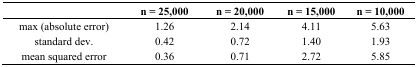
<table><thead><tr><td></td><td><b>n = 25,000</b></td><td><b>n = 20,000</b></td><td><b>n = 15,000</b></td><td><b>n = 10,000</b></td></tr></thead><tbody><tr><td>max (absolute error)</td><td>1.26</td><td>2.14</td><td>4.11</td><td>5.63</td></tr><tr><td>standard dev.</td><td>0.42</td><td>0.72</td><td>1.40</td><td>1.93</td></tr><tr><td>mean squared error</td><td>0.36</td><td>0.71</td><td>2.72</td><td>5.85</td></tr></tbody></table>